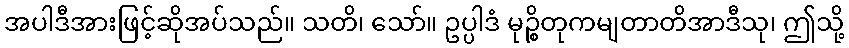
အပါဒီအားဖြင့်ဆိုအပ်သည်။ သတိ၊ သော်။ ဥပ္ပါဒံ မုဉ္စိတုကမျတာတိအာဒီသု၊ ဤသို့